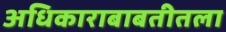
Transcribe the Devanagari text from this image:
अधिकाराबाबतीतला